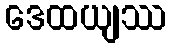
ဒေထယျဿ